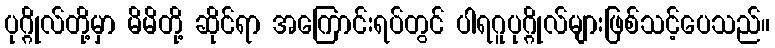
ပုဂ္ဂိုလ်တို့မှာ မိမိတို့ ဆိုင်ရာ အကြောင်းရပ်တွင် ပါရဂူပုဂ္ဂိုလ်များဖြစ်သင့်ပေသည်။